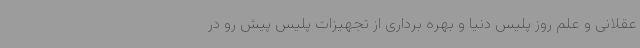
عقلانی و علم روز پلیس دنیا و بهره برداری از تجهیزات پلیس پیش رو در